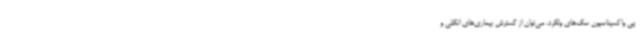
پی واکسیناسیون سگ‌های ولگرد، می‌توان از گسترش بیماری‌های انگلی و